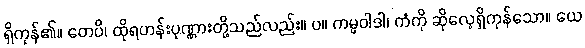
ရှိကုန်၏။ တေပိ၊ ထိုရဟန်းပုဏ္ဏားတို့သည်လည်း။ ပ။ ကမ္မဝါဒါ၊ ကံကို ဆိုလေ့ရှိကုန်သော။ ယေ